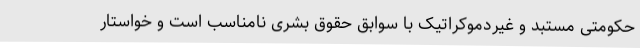
حکومتی مستبد و غیردموکراتیک با سوابق حقوق بشری نامناسب است و خواستار